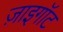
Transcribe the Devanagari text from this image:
ज़ाइगॉट